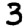
Digit: 3